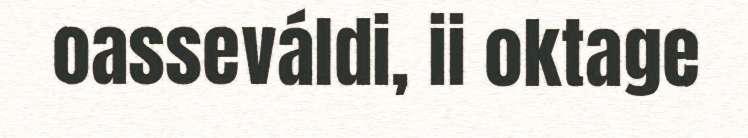
oasseváldi, ii oktage